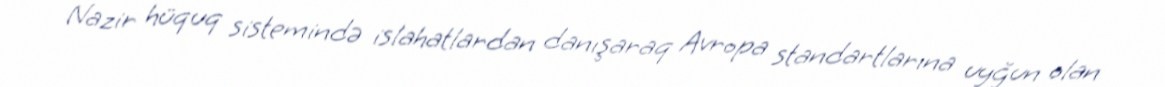
Nazir hüquq sistemində islahatlardan danışaraq Avropa standartlarına uyğun olan